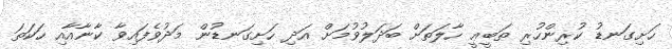
ހަށިގަނޑު ކުރިންހުރި ޠަބީޢީ ހާލަތަށް ބަދަލުވުމަށް އަދި ހަށިގަނޑުން މަދުވެފައިވާ ކާނާއާއި ހަކަތަ